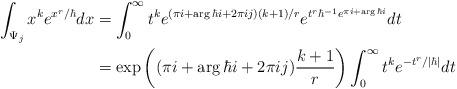
LaTeX: \begin{align*}\int_{\Psi_j} x^k e^{x^r / \hbar} dx &= \int_0^\infty t^k e^{( \pi i + \arg \hbar i + 2 \pi i j ) (k+1) / r} e^{t^r\hbar^{-1} e^{\pi i + \arg \hbar i}} dt \\&= \exp\left((\pi i + \arg \hbar i + 2\pi i j) \frac{k+1}{r}\right) \int_0^\infty t^k e^{-t^r / |\hbar|} dt\end{align*}